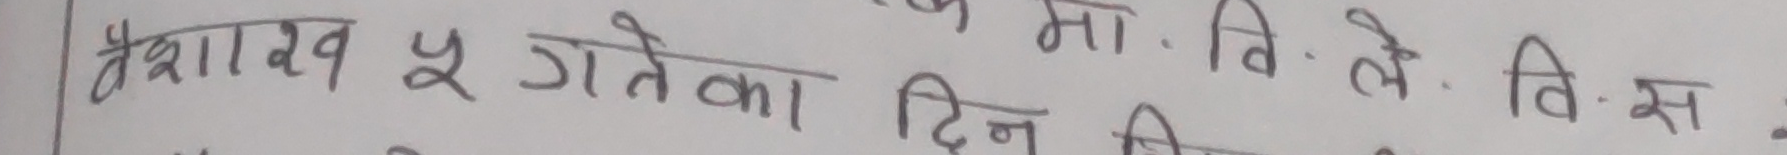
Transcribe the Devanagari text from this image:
वैशाख ५ गतेका दिन वि.मा. वि.ले वि.स.